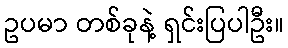
ဥပမာ တစ်ခုနဲ့ ရှင်းပြပါဦး။